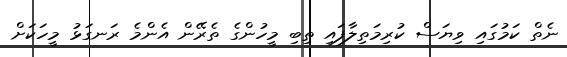
ނެތް ކަމުގައި ވިޔަސް ކުރިމަތިލާފައި ތިބި މީހުންގެ ތެރޭން އެންމެ ރަނގަޅު މީހަކަށް